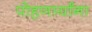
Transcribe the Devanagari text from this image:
पोहणार्यांना